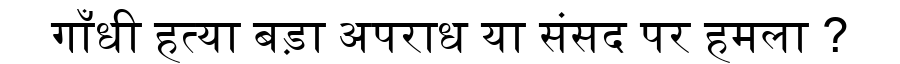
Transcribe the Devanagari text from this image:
गाँधी हत्या बड़ा अपराध या संसद पर हमला ?